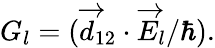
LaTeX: G_{l}=(\overrightarrow{d}_{12}\cdot\overrightarrow{E}_{l}/\hbar).